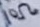
Text: 10Ω